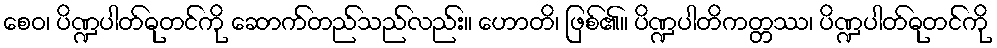
စေဝ၊ ပိဏ္ဍပါတ်ဓုတင်ကို ဆောက်တည်သည်လည်း။ ဟောတိ၊ ဖြစ်၏။ ပိဏ္ဍပါတိကတ္တဿ၊ ပိဏ္ဍပါတ်ဓုတင်ကို